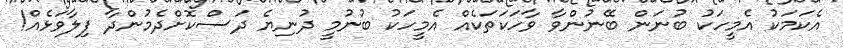
އެކަމަކު އެމީހަކު ބުނަން ބޭނުންވާ ވާހަކަތަކެއް އެމީހަކު ބުނުމީ ދުނިޔެ ދަސްކޮށްދެމުންދާ ފިލާވަޅެއް!